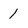
Character: 1